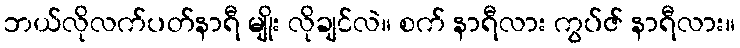
ဘယ်လိုလက်ပတ်နာရီ မျိုး လိုချင်လဲ။ စက် နာရီလား ကွပ်ဇ် နာရီလား။